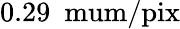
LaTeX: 0.29~\mathrm{{\ mum/pix}}